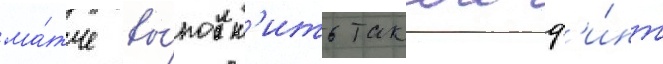
ма́тче вы́полн'ить такои ф'и́нт